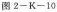
图2--K--10